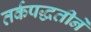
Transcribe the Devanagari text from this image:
तर्कपद्धतीने